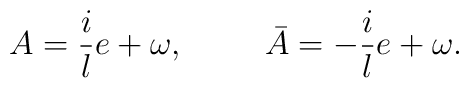
A=\frac{i}{l}e + \omega, \hspace{10mm}\bar{A}=-\frac{i}{l}e + \omega.